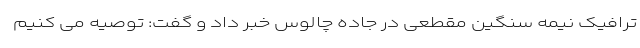
ترافیک نیمه سنگین مقطعی در جاده چالوس خبر داد و گفت: توصیه می کنیم